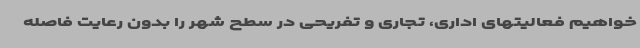
خواهیم فعالیتهای اداری، تجاری و تفریحی در سطح شهر را بدون رعایت فاصله